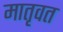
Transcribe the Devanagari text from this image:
मातृवत